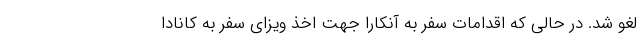
لغو شد. در حالی که اقدامات سفر به آنکارا جهت اخذ ویزای سفر به کانادا